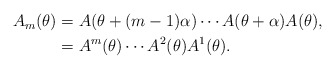
\begin{align*}\begin{aligned}A_{m}(\theta) &=A(\theta+(m-1) \alpha) \cdots A(\theta+\alpha) A(\theta), \\&=A^{m}(\theta) \cdots A^{2}(\theta) A^{1}(\theta).\end{aligned}\end{align*}